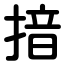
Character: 揞